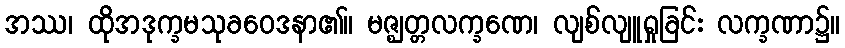
အဿ၊ ထိုအဒုက္ခမသုခဝေဒနာ၏။ မဇ္ဈတ္တလက္ခဏေ၊ လျစ်လျူရှုခြင်း လက္ခဏာ၌။